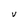
Character: V